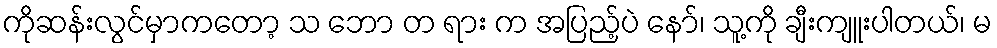
ကိုဆန်းလွင်မှာကတော့ သ ဘော တ ရား က အပြည့်ပဲ နော်၊ သူ့ကို ချီးကျူးပါတယ်၊ မ